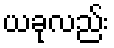
ယခုလည်း